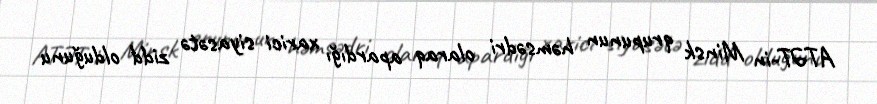
ATƏT-in Minsk qrupunun həmsədri olaraq apardığı xarici siyasətə zidd olduğunu